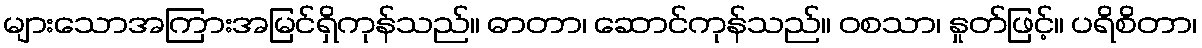
များသောအကြားအမြင်ရှိကုန်သည်။ ဓာတာ၊ ဆောင်ကုန်သည်။ ဝစသာ၊ နှုတ်ဖြင့်။ ပရိစိတာ၊